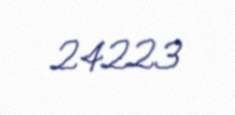
24223